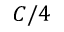
C / 4